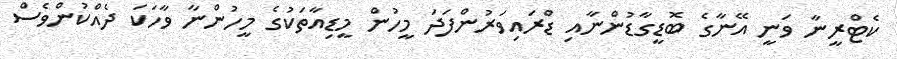
ކެޓްރީނާ ވަނީ އޭނާގެ ބޮޑީގާޑުންނާއި ޑްރައިވަރުންފަދަ މީހުން މީޑިއާތަކުގެ މީހުންނާ ވާހަކަ ދެއްކުންވެސް